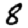
Digit: 8